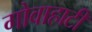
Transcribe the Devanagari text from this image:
गोवाहाटी